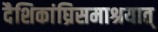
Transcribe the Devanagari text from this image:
दैशिकांघ्रिसमाश्रयात्